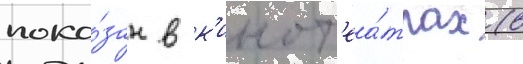
пока́зан в к'инот'еа́трах (в